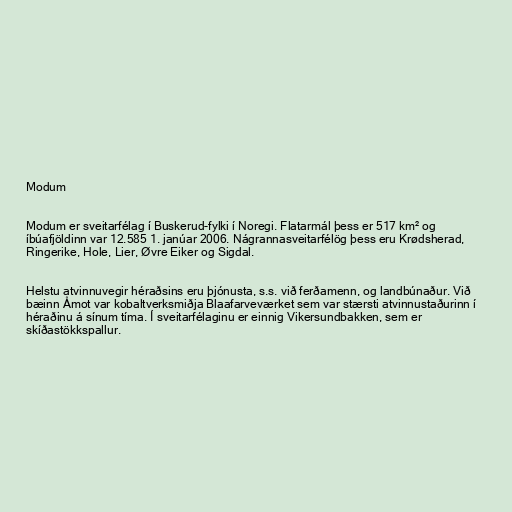
Modum

Modum er sveitarfélag í Buskerud-fylki í Noregi. Flatarmál þess er 517 km² og
íbúafjöldinn var 12.585 1. janúar 2006. Nágrannasveitarfélög þess eru Krødsherad,
Ringerike, Hole, Lier, Øvre Eiker og Sigdal.

Helstu atvinnuvegir héraðsins eru þjónusta, s.s. við ferðamenn, og landbúnaður. Við
bæinn Åmot var kobaltverksmiðja Blaafarveværket sem var stærsti atvinnustaðurinn í
héraðinu á sínum tíma. Í sveitarfélaginu er einnig Vikersundbakken, sem er
skíðastökkspallur.